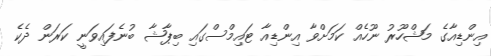
އިންޑިއާާގެ މަޝްހޫރު ނޫހެއް ކަމަށްވާ އިންޑިއާ ޓައިމްސްގައި ބިޕާޝާ ބުނެފައިވަނީ ކަރަން ދެކެ